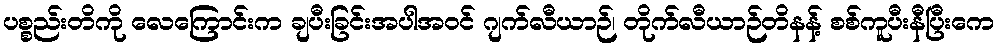
ပစ္စည်းတိကို လေကြောင်းက ချပီးခြင်းအပါအဝင် ဂျက်လီယာဉ်၊ တိုက်လီယာဉ်တိနန့် စစ်ကူပီးနီပြီးကေ